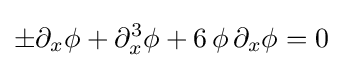
\pm \partial _{x}\phi +\partial _{x}^{3}\phi +6\,\phi \,\partial _{x}\phi =0